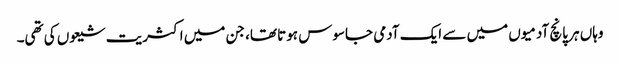
وہاں ہر پانچ آدمیوں میں سے ایک آدمی جاسوس ہوتا تھا، جن میں اکثریت شیعوں کی تھی۔